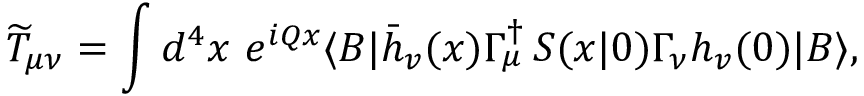
\widetilde { T } _ { \mu \nu } = \int d ^ { 4 } x \ e ^ { i Q x } \langle B | \bar { h } _ { v } ( x ) \Gamma _ { \mu } ^ { \dagger } \, S ( x | 0 ) \Gamma _ { \nu } h _ { v } ( 0 ) | B \rangle ,